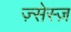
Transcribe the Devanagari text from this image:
ज़्सेस्ज़